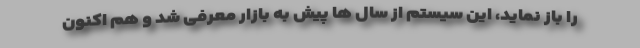
را باز نماید، این سیستم از سال ها پیش به بازار معرفی شد و هم اکنون